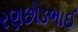
રણછોડભાઈ